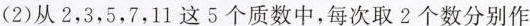
(2)从2，3，5，7，11这5个质数中，每次取2个数分别作